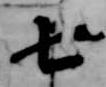
七